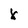
Character: X